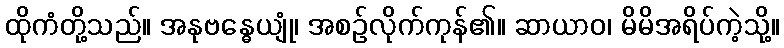
ထိုကံတို့သည်။ အနုဗန္ဓေယျုံ၊ အစဉ်လိုက်ကုန်၏။ ဆာယာဝ၊ မိမိအရိပ်ကဲ့သို့။